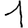
Digit: 1